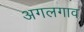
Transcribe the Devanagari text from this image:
अगलगाव